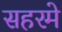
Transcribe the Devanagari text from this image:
सहरमे